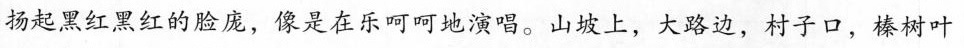
扬起黑红黑红的脸庞，像是在乐呵呵地演唱。山坡上，大路边，村子口，榛树叶